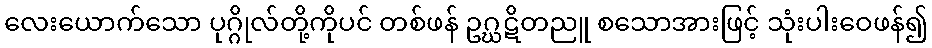
လေးယောက်သော ပုဂ္ဂိုလ်တို့ကိုပင် တစ်ဖန် ဥဂ္ဃဋိတညူ စသောအားဖြင့် သုံးပါးဝေဖန်၍